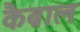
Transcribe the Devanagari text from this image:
कैब्राल